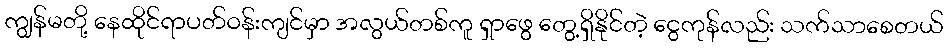
ကျွန်မတို့ နေထိုင်ရာပတ်ဝန်းကျင်မှာ အလွယ်တစ်ကူ ရှာဖွေ တွေ့ရှိနိုင်တဲ့ ငွေကုန်လည်း သက်သာစေတယ်